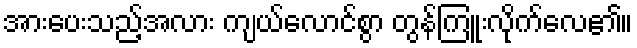
အားပေးသည့်အလား ကျယ်လောင်စွာ တွန်ကြူးလိုက်လေ၏။